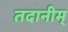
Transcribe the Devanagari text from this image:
तदानीम्